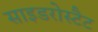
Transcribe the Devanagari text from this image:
साइडरोस्टैट